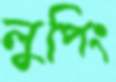
লুপিং